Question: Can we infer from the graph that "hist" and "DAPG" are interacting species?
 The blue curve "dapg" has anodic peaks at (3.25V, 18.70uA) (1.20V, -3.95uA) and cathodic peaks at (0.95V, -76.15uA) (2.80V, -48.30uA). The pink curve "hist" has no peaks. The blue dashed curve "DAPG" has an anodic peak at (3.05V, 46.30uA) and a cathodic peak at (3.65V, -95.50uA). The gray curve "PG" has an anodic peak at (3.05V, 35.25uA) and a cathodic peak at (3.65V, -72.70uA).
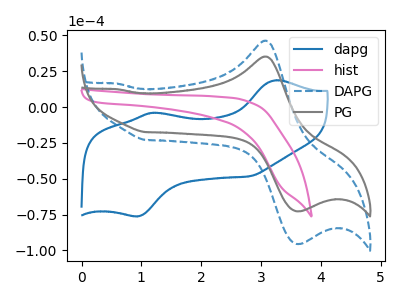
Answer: <think>"hist" and "DAPG" have a different number of peaks.
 </think>
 <answer>Yes, "hist" and "DAPG" are different in shape.</answer>
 <eval>yes_change</eval>